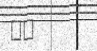
٩٩